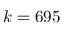
k = 6 9 5